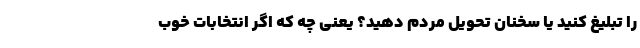
را تبلیغ کنید یا سخنان تحویل مردم دهید؟ یعنی چه که اگر انتخابات خوب